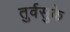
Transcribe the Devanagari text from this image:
तुर्वसुके